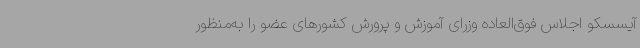
آیسسکو اجلاس فوق‌العاده وزرای آموزش ‌و پرورش کشورهای عضو را به‌منظور